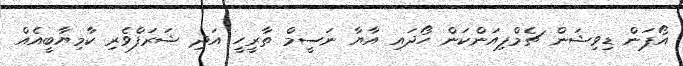
އޯޕަން ޑިވިޝަން ޗެމްޕިއަންކަން ހޯދައި އާޔާ ނަސީމް ތާރީހީ އަދި ޝަރަފްވެރި ކާމިޔާބީއެއް